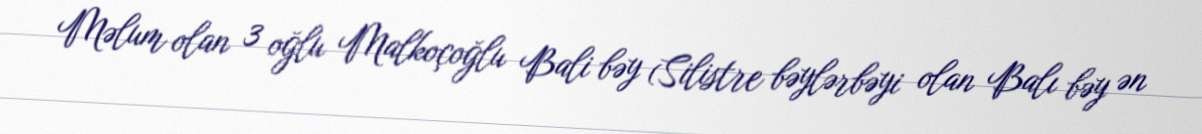
Məlum olan 3 oğlu Malkoçoğlu Bali bəy (Silistre bəylərbəyi olan Balı bəy ən